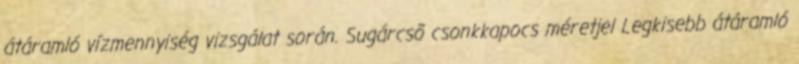
átáramló vízmennyiség vizsgálat során. Sugárcsõ csonkkapocs méretjel Legkisebb átáramló